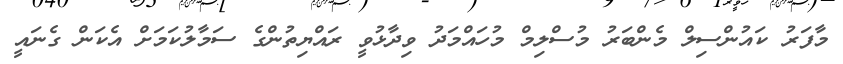
މާފަރު ކައުންސިލް މެންބަރު މުސްލިމް މުހައްމަދު ވިދާޅުވީ ރައްޔިތުންގެ ސަމާލުކަމަށް އެކަން ގެނައީ